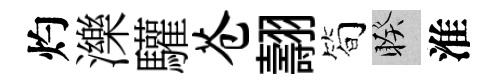
灼濼驩苍翿简睽淮